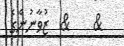
&    &  ޒުވާނުންގެ